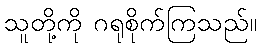
သူတို့ကို ဂရုစိုက်ကြသည်။